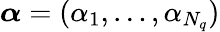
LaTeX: {\boldsymbol{\alpha}}=(\alpha_{1},\ldots,\alpha_{N_{q}})